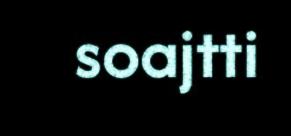
soajtti